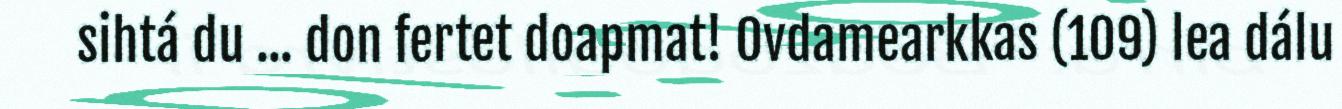
sihtá du ... don fertet doapmat! Ovdamearkkas (109) lea dálu